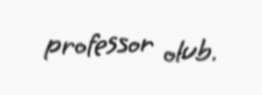
professor olub.